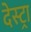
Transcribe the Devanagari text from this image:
देस्ट्रा